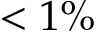
< 1 \%